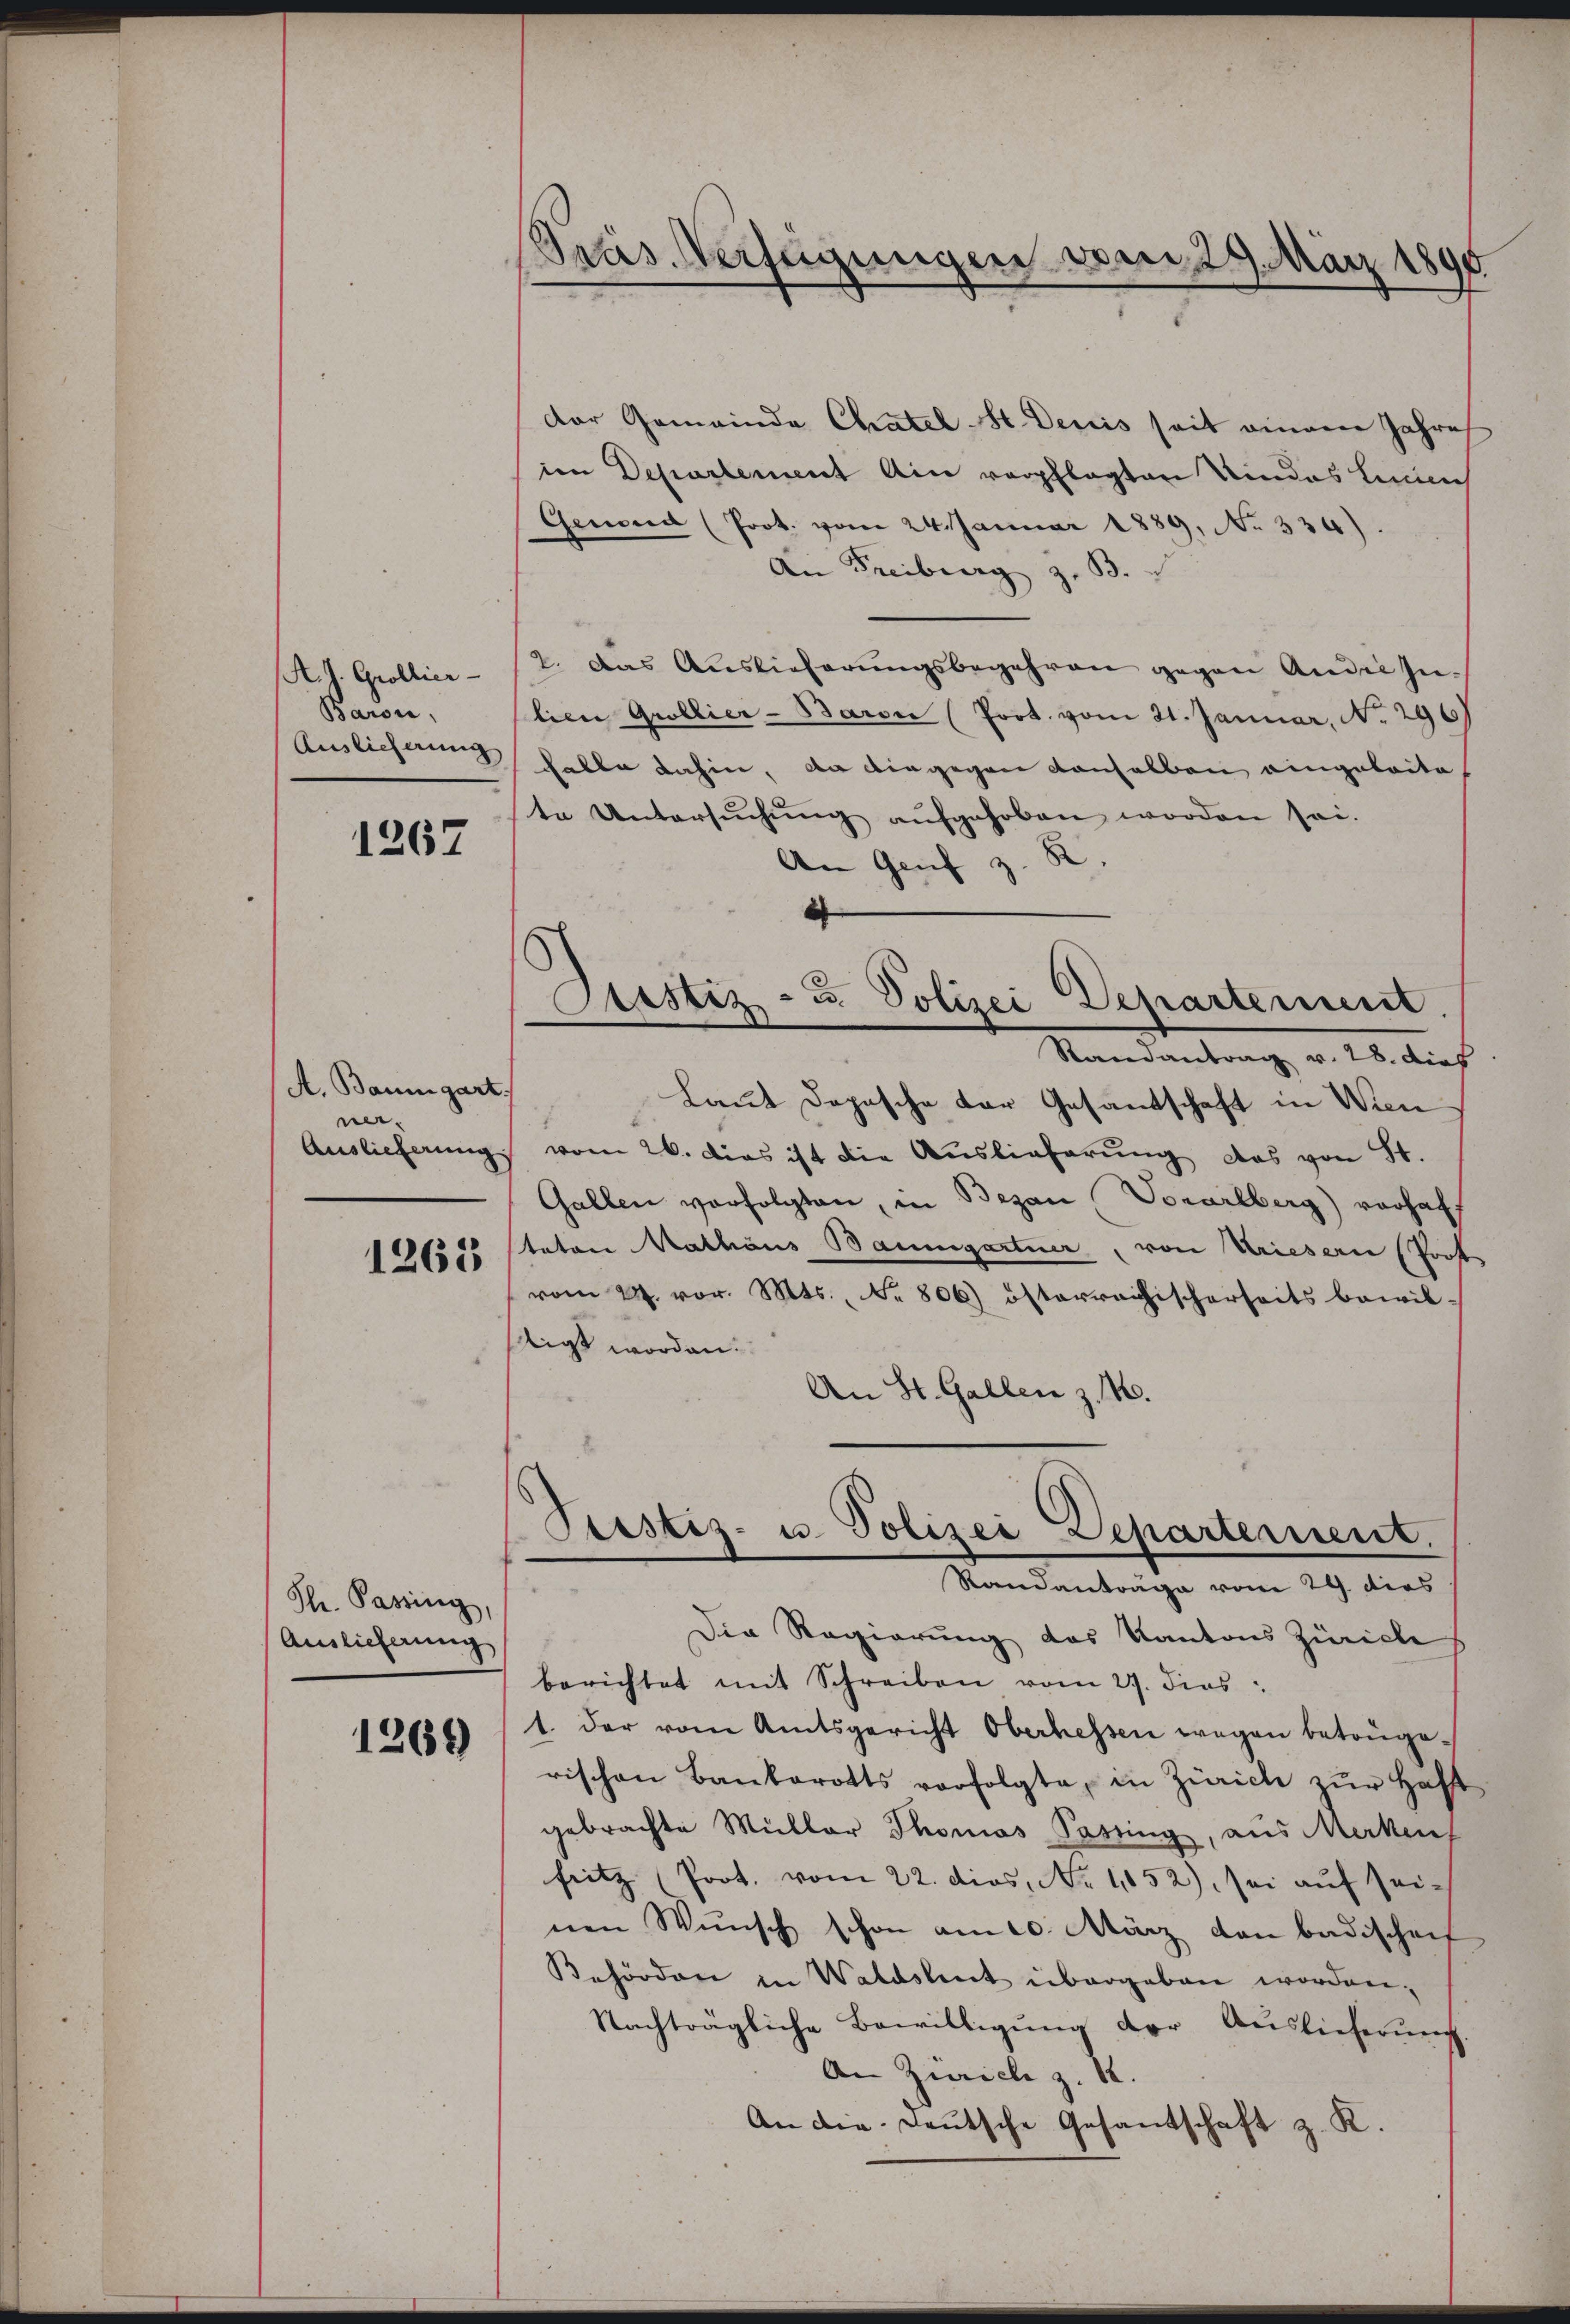
A. J. Grollier-
Baron,
Auslieferung

1267

A. Baumgart
ner.

1263

Th. Passing,
Auslieferung

1269

Präs. Verfügungen vom 29. März 1890

der Gemeinde Chatel-St. Denis seit einem Jahres
im Departement ain verpflegten Kindes Linien
Genoud (Prot. vom 24. Januar 1889, No 330).
An Freiburg z. B.
2. Das Auslieferungsbegehren gegen Ander zu-
lien Grollier-Baron (Prot. vom 21. Januar, No. 296)
Falle dahin, da dingegen denselben eingeleite
te Untersŭchŭng aŭfgehoben worden sei.
An Genf z. B.
Raisantrag v. 28. dies
Laut Dopische der Gesantschaft in Wien
Auslieferung vom 26. dies ist die Auslieferung das von St.
Gallen verfolgten, in Bezau Vorarlberg) vorhaft
taten Rathaus Baumgartner, von Vriesern Prof.
vom 27. vor. Mts. No 806) österreichischerseits bewil-
igt worden.
An St. Gallen z. B.
Prestiz- u. Polizei Departement.
Standanträge vom 29. dies
Die Regierung des Kantons Zürich
berichtet mit Schreiben vom 27. dies
1. Der vom Amtsgericht Oberhessen wegen betrügerischen Bankarotts verfolgte, in Zürich zŭr Haft
gebrachte Müller Thomas Passing, aus Merken
fritz (Prot. vom 22. dies, No 1052), sei aŭf seinen Wŭnsch schon am 20. März von Badischei
Behörden in Waldshut übergeben worden,
Nachträgliche Bewilligung der Auslieferung
An Zürich z. 12.
An die Deutsche Gesandschaft z. K.

2
Justiz- u. Polizei Departement.